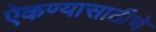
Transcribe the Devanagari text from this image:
ऐकण्यासाठीचे